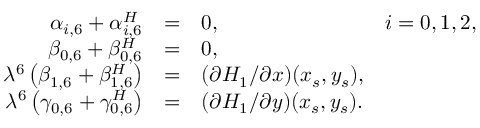
\begin{array} { r c l l } { { \alpha _ { i , 6 } + \alpha _ { i , 6 } ^ { H } } } & { { = } } & { { 0 , } } & { { i = 0 , 1 , 2 , } } \\ { { \beta _ { 0 , 6 } + \beta _ { 0 , 6 } ^ { H } } } & { { = } } & { { 0 , } } & { { } } \\ { { \lambda ^ { 6 } \left( \beta _ { 1 , 6 } + \beta _ { 1 , 6 } ^ { H } \right) } } & { { = } } & { { ( \partial H _ { 1 } / \partial x ) ( x _ { s } , y _ { s } ) , } } & { { } } \\ { { \lambda ^ { 6 } \left( \gamma _ { 0 , 6 } + \gamma _ { 0 , 6 } ^ { H } \right) } } & { { = } } & { { ( \partial H _ { 1 } / \partial y ) ( x _ { s } , y _ { s } ) . } } & { { } } \end{array}